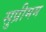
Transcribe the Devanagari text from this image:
सुप्रीमम